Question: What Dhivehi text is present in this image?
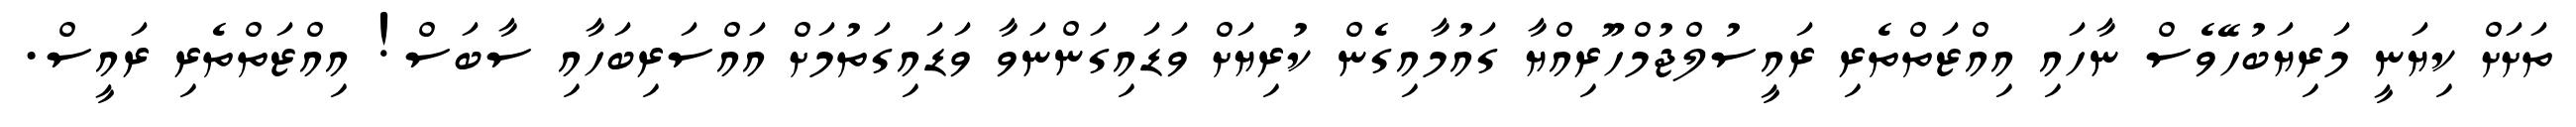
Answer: ތަށަށް ކިޔަނީ މަރިޔަބުހޭވެސް ނާހައި އިއްޒަތްތެރި ރައީސުލްޖުމްހޫރިއްޔާ ގައުމާއިގެން ކުރިޔަށް ވަޑައިގަންނަވާ ވަޑައިގަތުމަށް އައްސަރިބަހާއި ސާބަސް! އިއްޒަތްތެރި ރައީސް.